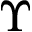
\Upsilon